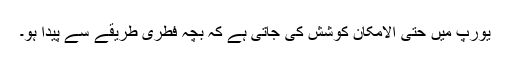
یورپ میں حتیٰ الامکان کوشش کی جاتی ہے کہ بچہ فطری طریقے سے پیدا ہو۔